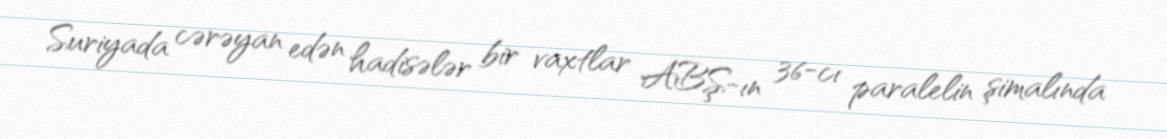
Suriyada cərəyan edən hadisələr bir vaxtlar ABŞ-ın 36-cı paralelin şimalında